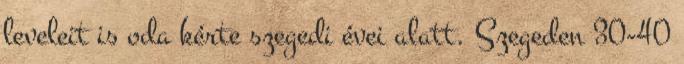
leveleit is oda kérte szegedi évei alatt. Szegeden 30-40